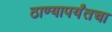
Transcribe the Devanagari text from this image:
ठाण्यापर्यंतचा